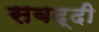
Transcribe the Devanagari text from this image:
सबद्दी